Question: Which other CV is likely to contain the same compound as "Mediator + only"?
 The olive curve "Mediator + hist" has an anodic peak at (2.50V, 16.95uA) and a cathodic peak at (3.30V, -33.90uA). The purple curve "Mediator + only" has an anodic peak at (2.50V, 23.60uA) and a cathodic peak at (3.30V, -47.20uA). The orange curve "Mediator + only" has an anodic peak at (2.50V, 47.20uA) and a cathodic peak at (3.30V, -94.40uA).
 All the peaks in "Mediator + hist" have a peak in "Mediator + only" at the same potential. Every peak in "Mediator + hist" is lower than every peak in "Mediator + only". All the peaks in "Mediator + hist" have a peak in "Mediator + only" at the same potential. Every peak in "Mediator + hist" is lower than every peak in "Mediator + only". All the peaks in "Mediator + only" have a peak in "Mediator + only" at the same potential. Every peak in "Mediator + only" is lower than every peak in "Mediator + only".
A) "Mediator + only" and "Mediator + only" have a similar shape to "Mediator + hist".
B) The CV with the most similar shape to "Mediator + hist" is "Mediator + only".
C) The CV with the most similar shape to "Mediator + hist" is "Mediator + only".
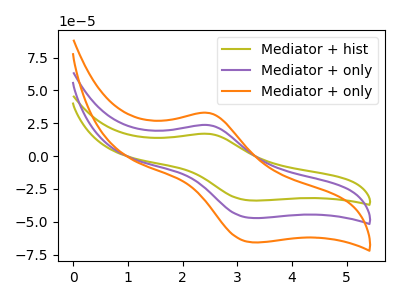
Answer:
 <answer>A) "Mediator + only" and "Mediator + only" have a similar shape to "Mediator + hist".</answer>
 <eval>A</eval>